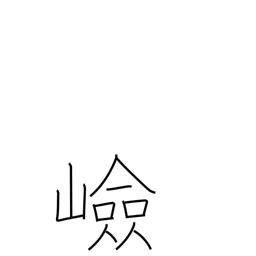
Meaning: steep place